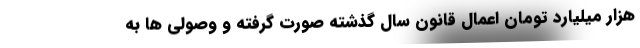
هزار میلیارد تومان اعمال قانون سال گذشته صورت گرفته و وصولی ها به